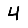
Digit: 4